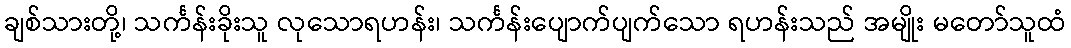
ချစ်သားတို့၊ သင်္ကန်းခိုးသူ လုသောရဟန်း၊ သင်္ကန်းပျောက်ပျက်သော ရဟန်းသည် အမျိုး မတော်သူထံ